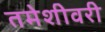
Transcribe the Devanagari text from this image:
तमेशीवरी